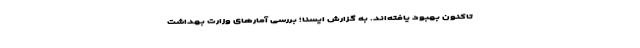
تاکنون بهبود یافته‌اند. به گزارش ایسنا؛ بررسی آمارهای وزارت بهداشت